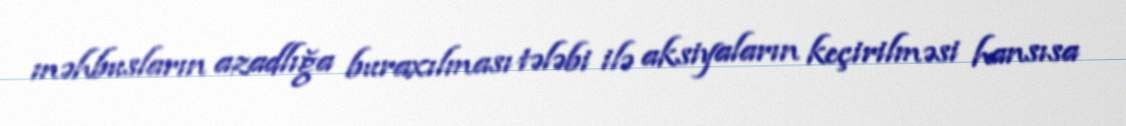
məhbusların azadlığa buraxılması tələbi ilə aksiyaların keçirilməsi hansısa